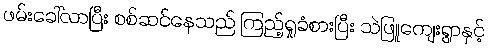
ဖမ်းခေါ်လာပြီး စစ်ဆင်နေသည် ကြည့်ရှုခံစားပြီး သဲဖြူကျေးရွာနှင့်